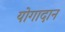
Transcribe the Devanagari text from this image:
योगादान